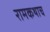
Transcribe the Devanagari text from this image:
रामकथाच